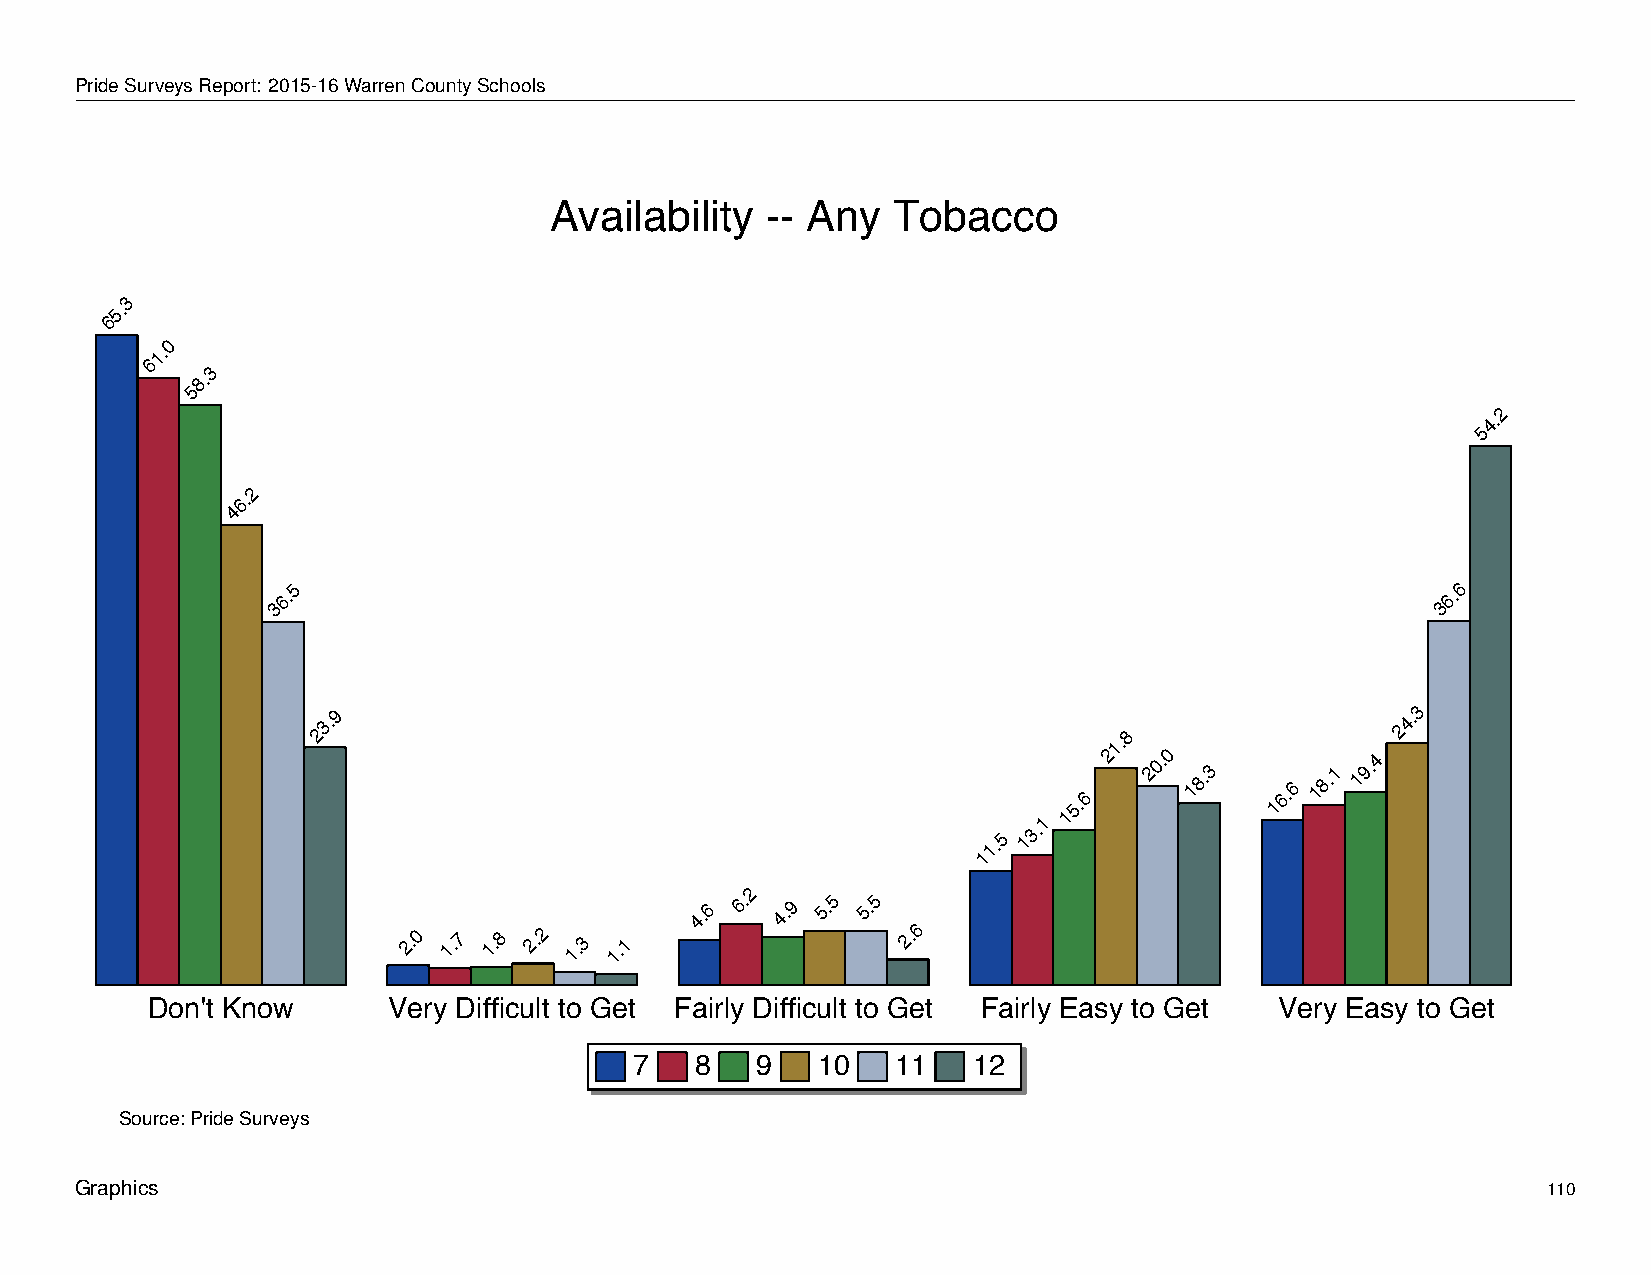
Availability             --   Any      Tobacco
 PrideSurveysReport: 2015-16WarrenCountySchools
 Availability   -- Any  Tobacco
 3
 5.
 6
 0
 1.
 6
 3
 8.
 5
 2
 4.
 5
 2
 6.
 4
 5                                                                            6
 6.                                                                           6.
 3                                                                            3
 23.9
 1.8
 24.3
 1.5
 13.1
 15.6
 2  20.0
 18.3
 16.6
 18.1
 19.4
 1
 2
 2.0 1.7 1.8 2.2 1.3 1.1
 4.6 6. 4.9 5.5 5.5
 2.6
 Don't Know      Very Difficult to Get Fairly Difficult to Get Fairly Easy to Get Very Easy to Get
 7   8   9   10   11   12
 Source: Pride Surveys
 Graphics                                                                                         110